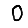
Digit: 0